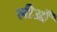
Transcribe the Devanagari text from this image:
लीऔं